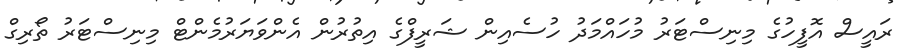
ރައީސް އޮފީހުގެ މިނިސްޓަރު މުހައްމަދު ހުސެއިން ޝަރީފްގެ އިތުރުން އެންވަޔަރުމެންޓް މިނިސްޓަރު ތޯރިގް